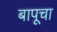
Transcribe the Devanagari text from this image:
बापूचा